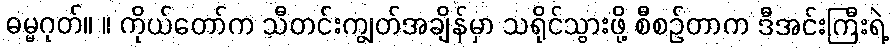
ဓမ္မဂုတ်။ ။ ကိုယ်တော်က သီတင်းကျွတ်အချိန်မှာ သရိုင်သွားဖို့ စီစဉ်တာက ဒီအင်းကြီးရဲ့